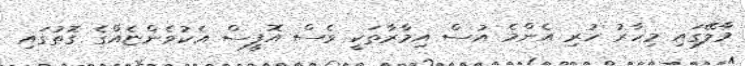
މާލޭގައި މިހާރު ހުރި އެންމެ އުސް އިމާރާތަކީ ވެސް އޮފީސް އެކުވެންޏެއްގެ ގޮތުގައި